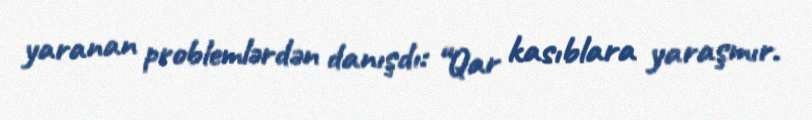
yaranan problemlərdən danışdı: “Qar kasıblara yaraşmır.